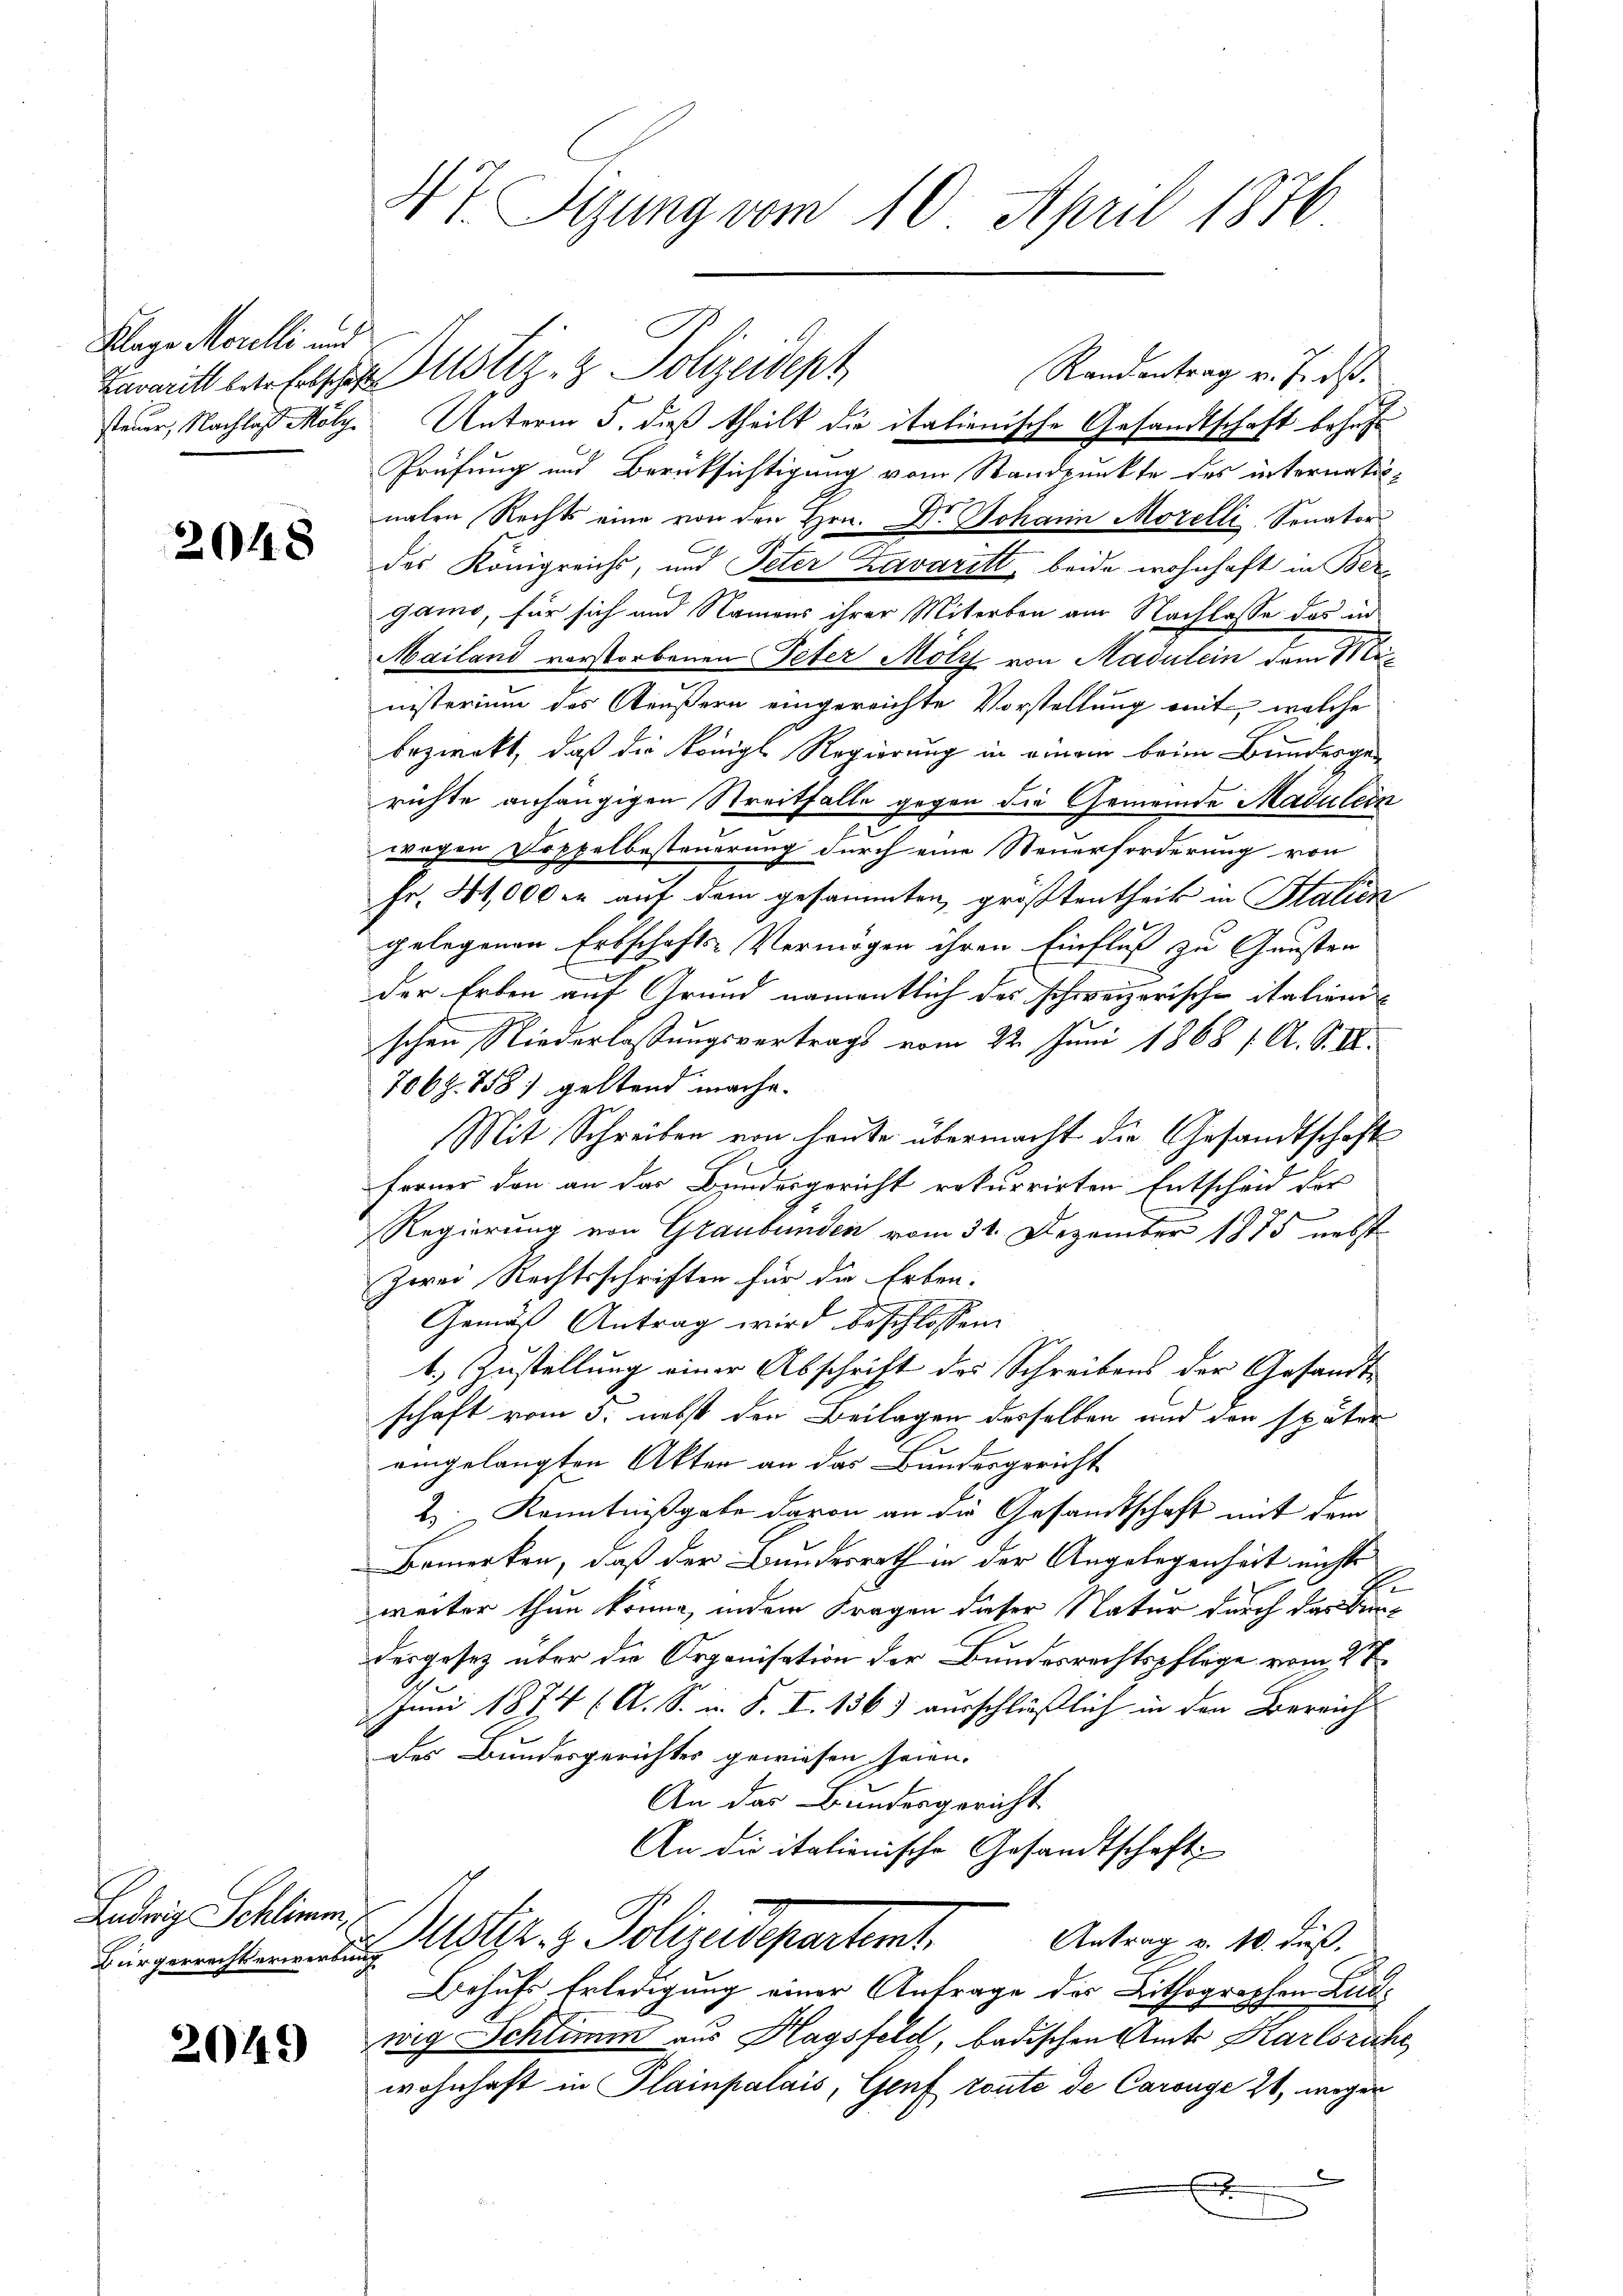
Klage Morelli und

2048

Ladrig Schlimm

2049

Zarmitt einfelschen Mustiz- & Polizeident
steuer, Nachlaß Mölge: Unterm 5. dieß theilt die italienische Gesandtschaft behuf
Prüfung und Berücksichtigung vom Standpunkte des internatinalen Rechts eine von den Hrn. Dr. Johann Morelli Senator
des Königreichs, und Peter Zavaritt, beide wohnhaft in Ber
gano, für sich und Namens ihrer Miterben am Nachlasse das in
Mailand verstorbenen Peter Mölz von Madulein dem S
nisterium des Aeußern eingereichte Vorstellung mit, welche
bezweckt, daß die königl. Regierung in einem beim Bundesgerichte anhängigen Streitfalle gegen die Gemeinde Madulein
2.
wogen Doppelbesteuerung durch eine Steuerforderung von
Fr. 41,000 er auf dem gesammten, größtentheil in Salien
gelegenen Erbschafts-Vermögen ihren Einfluß zu Gunsten
der Erben auf Grund namentlich des schweizerische italien
schen Niederlassungsvertrags vom 22. Juni 1868 f. A. S. II.
7068. 758) geltend mache.
Mit Schreiben von heute übermacht die Gesandtschaft
Ferner den an das Bundesgericht rekurrirten Entscheid des
Regierung von Graubünden vom 31. Dezember 1875 nebst
Zwei Rechtsschriften für die Erben.
Gemäß Antrag wird beschlossen:
1. Zustellung einer Abschrift des Schreibens der Gesandtschaft vom 3. nebst den Beilagen desselben und den später
eingelangten Akten an das Bundesgericht
2. Kenntnißgabe davon an die Gesamtschaft mit dem
Bemerken, daß der Bundesrath in der Angelegenheit nichts
weiter thun könne, indem Fragen dieser Natur durch das Bedergesetz über die Organisation der Bundesrechtspflege vom 2ten
Juni 1874 (A. S. u. S. I. 136) ausschließlich in den Bereich
des Bundesgerichtes gewiesen seien.
An das Bundesgericht
An die italienische Gesandtschaft
Burgerichten Uetik. z. Polizeidepartemt. Antrag u. 10. Fuß.
Behufs Erledigung einer Anfrage des Lithographen Ludwig Schlimm aus Hagsfeld, badischen Amts Karlsruhe
wohnhaft in Plainpalais, Genf toute de Carouge 24, mögen
E

47. Segung vom 10. April 1876

Randantrag v. J. ds.